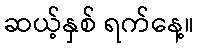
ဆယ့်နှစ် ရက်နေ့။